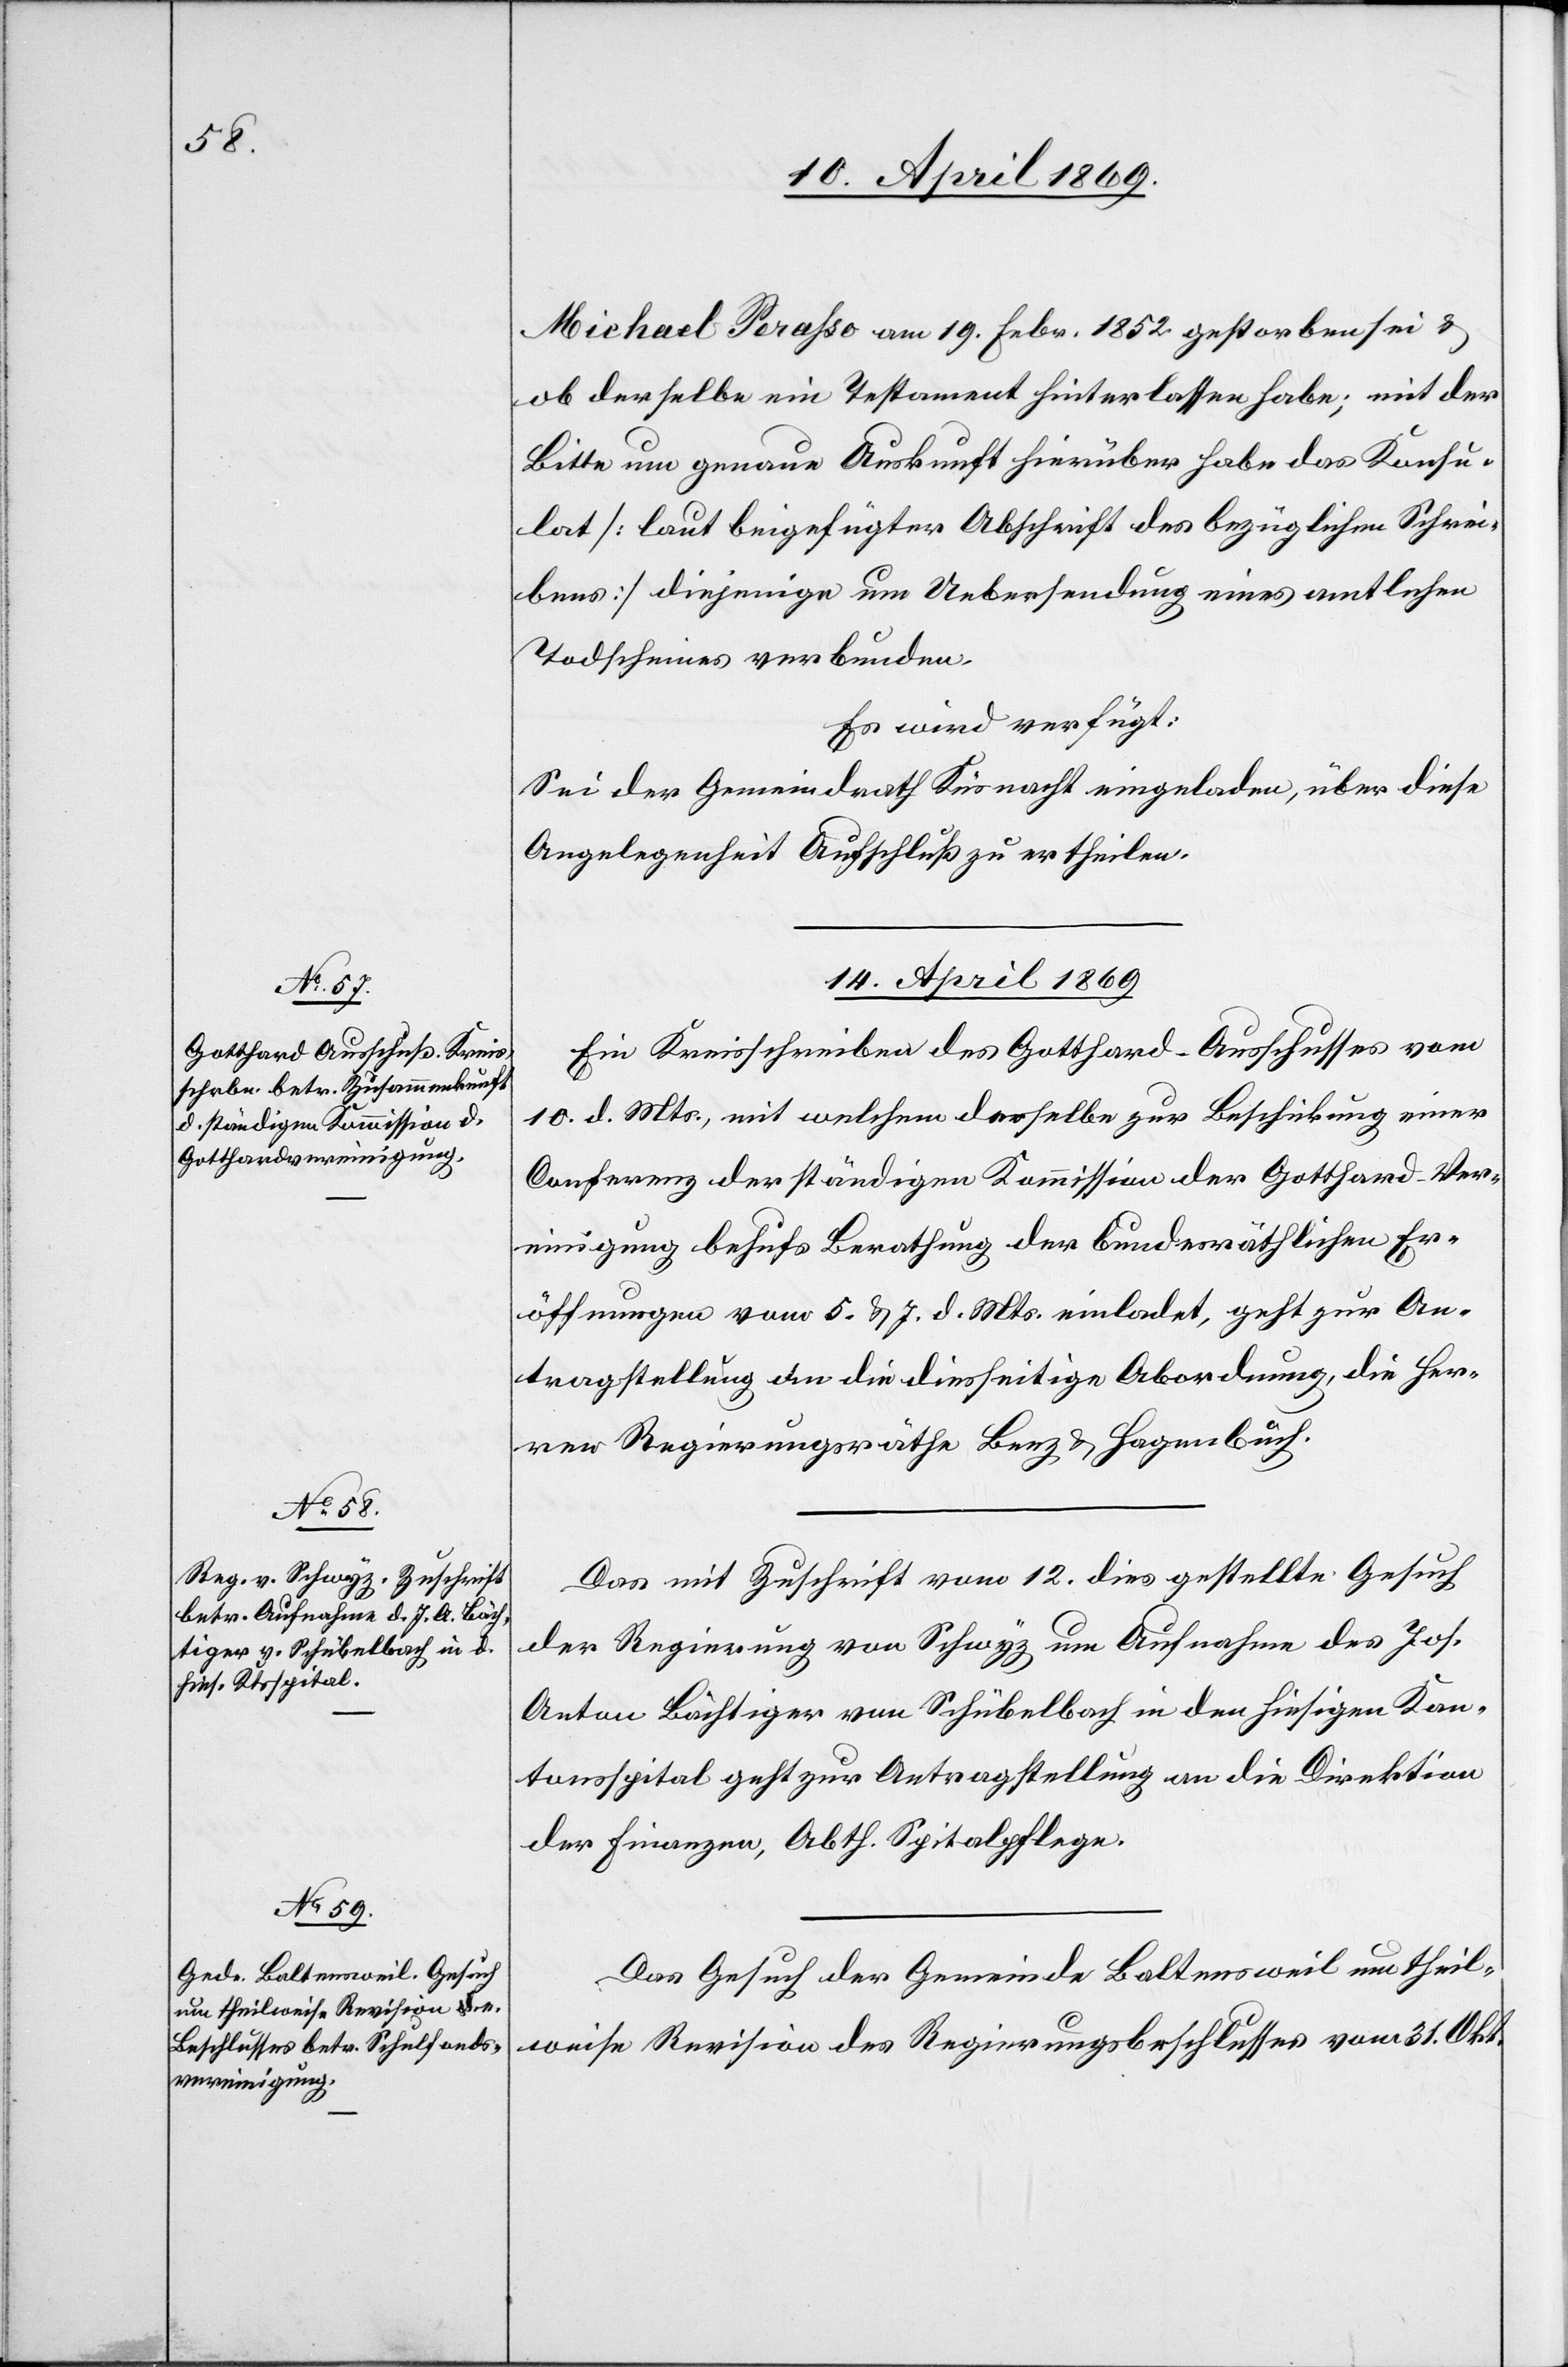
Michael Perasso am 19. Febr. 1852 gestorben sei u.
ob derselbe ein Testament hinterlassen habe; mit der
Bitte um genaue Auskunft hierüber habe das Konsu¬
lat [laut beigefügter Abschrift des bezüglichen Schrei¬
bens] diejenige um Uebersendung eines amtlichen
Todscheines verbunden.
Es wird verfügt:
Sei der Gemeindrath Küsnacht eingeladen, über diese
Angelegenheit Aufschluß zu ertheilen.
14. April 1869.]
Ein Kreisschreiben des Gotthard-Ausschusses vom
10. d. Mts., mit welchem dasselbe zur Beschickung einer
Conferenz der ständigen Kommission der Gotthard-Ver¬
einigung behufs Berathung der bundesräthlichen Er¬
öffnungen vom 5. u. 7. d. Mts. einladet, geht zur An¬
tragstellung an die diesseitige Abordnung, die Ber¬
ner Regierungsräthe Benz u. Hagenbuch.
Das mit Zuschrift vom 12. dies gestellte Gesuch
der Regierung von Schwyz um Aufnahme des Jos.
Anton Bächtiger von Schübelbach in den hiesigen Kan¬
tonsspital geht zur Antragstellung an die Direktion
der Finanzen, Abth. Spitalpflege.
Das Gesuch der Gemeinde Baltensweil um theil¬
weise Revision des Regierungsbeschlusses vom 31. Okt.